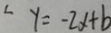
y = - 2 x + b